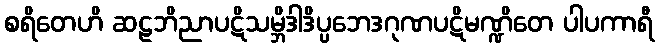
စရိတေဟိ ဆဠဘိညာပဋိသမ္ဘိဒါဒိပ္ပဘေဒဂုဏပဋိမဏ္ဍိတေ ပါပကာရီ